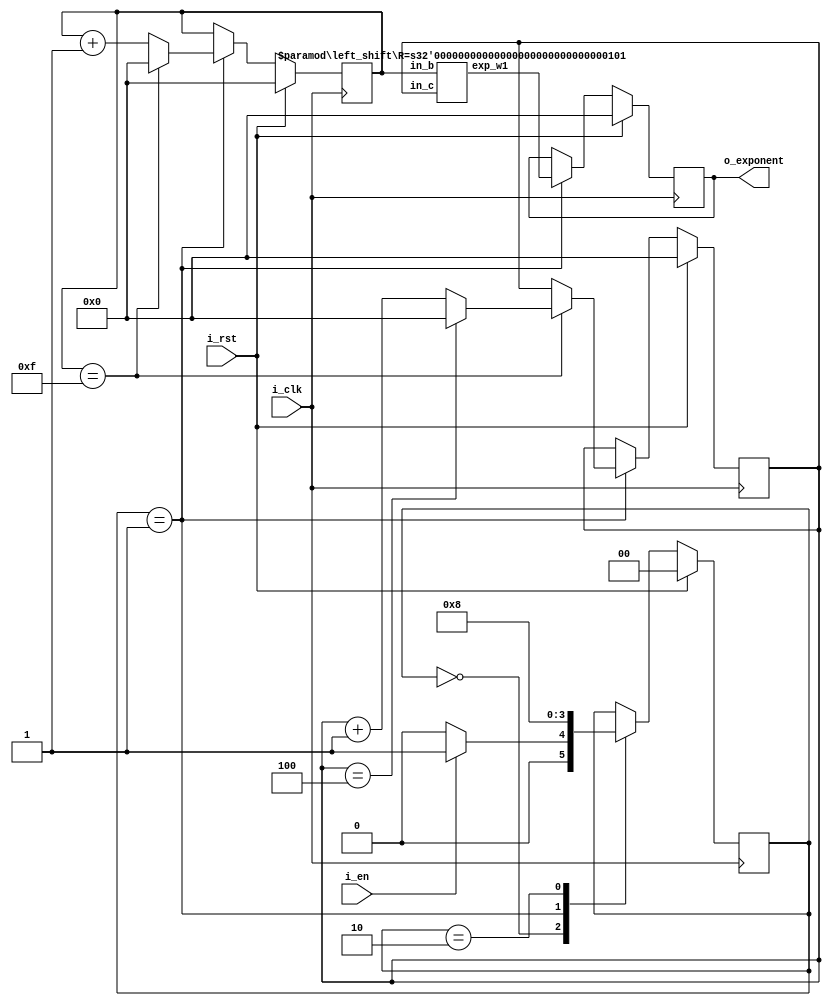
module Exponentgen #(	
    parameter R=5,
    parameter N=32
)(
    input i_clk,
	input i_rst,
	input i_en,
    output reg [R-2:0] o_exponent
);
// Parameter, Wire, Reg
localparam s_0=2'b00;
localparam s_1=2'b01;
localparam s_2=2'b10;
reg [R-2:0] i_b;
reg [3:0] i_c;
reg [1:0] r_ps;
wire [R-2:0] w_exponent;
// Internal Connection
left_shift #(
	.R(R)
) left_shifter (
	.in_b(i_b),
	.in_c(i_c),
	.exp_w1(w_exponent)
);
// Sequntial Logic
always @(posedge i_clk) begin
	if(i_rst) begin
		r_ps <= s_0;
		i_c <= 0;
		i_b <= 0;
		o_exponent <= 0;
	end
	else begin
		case(r_ps)
			s_0:
			begin
				if(i_en) r_ps<=s_1;
				else r_ps<=s_0;
			end
			s_1:
			begin
				r_ps<=s_2;
				o_exponent <= w_exponent;
				if(i_b==N/2-1) begin
					if(i_c==R-1) begin
						i_b<=0;
						i_c<=0;
					end
					else begin
						i_b<=0;
						i_c<=i_c+1;
					end
				end
				else i_b<=i_b+1;
		    end
			s_2:
			begin
				r_ps<=s_0;
			end
    	endcase
    end
end
endmodule

module left_shift #(
    parameter R = 5
)
(
    input [R-2:0] in_b,
    input [3:0] in_c,
    output reg[R-2:0] exp_w1
);
always @(*) begin
    exp_w1<= (in_b<<in_c);
end
endmodule